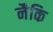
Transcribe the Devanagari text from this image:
नैकि